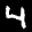
Label: 4